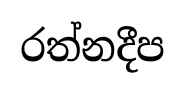
රත්නදීප